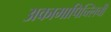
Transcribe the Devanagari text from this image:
अकामापिच्त्लिची